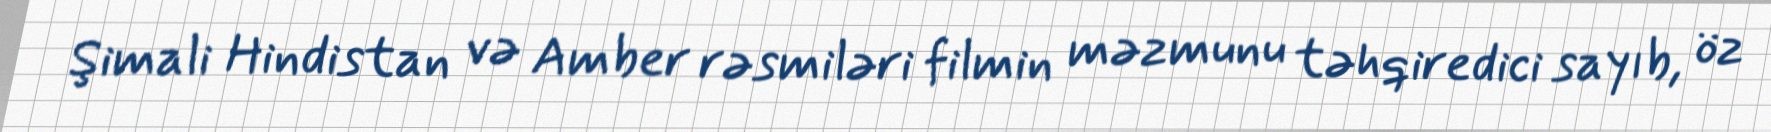
Şimali Hindistan və Amber rəsmiləri filmin məzmunu təhqiredici sayıb, öz